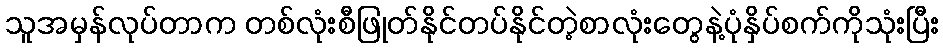
သူအမှန်လုပ်တာက တစ်လုံးစီဖြုတ်နိုင်တပ်နိုင်တဲ့စာလုံးတွေနဲ့ပုံနှိပ်စက်ကိုသုံးပြီး